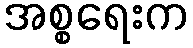
အစ္စရေးက